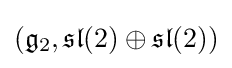
({\mathfrak {g}}_{2},{\mathfrak {sl}}(2)\oplus {\mathfrak {sl}}(2))